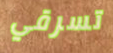
تسرقي